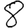
Digit: 8